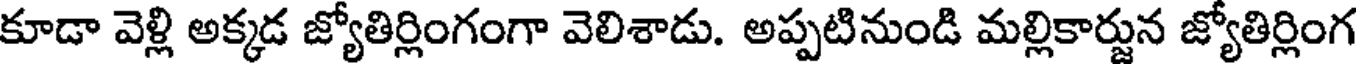
కూడా వెళ్లి అక్కడ జ్యోతిర్లింగంగా వెలిశాడు. అప్పటినుండి మల్లికార్జున జ్యోతిర్లింగ